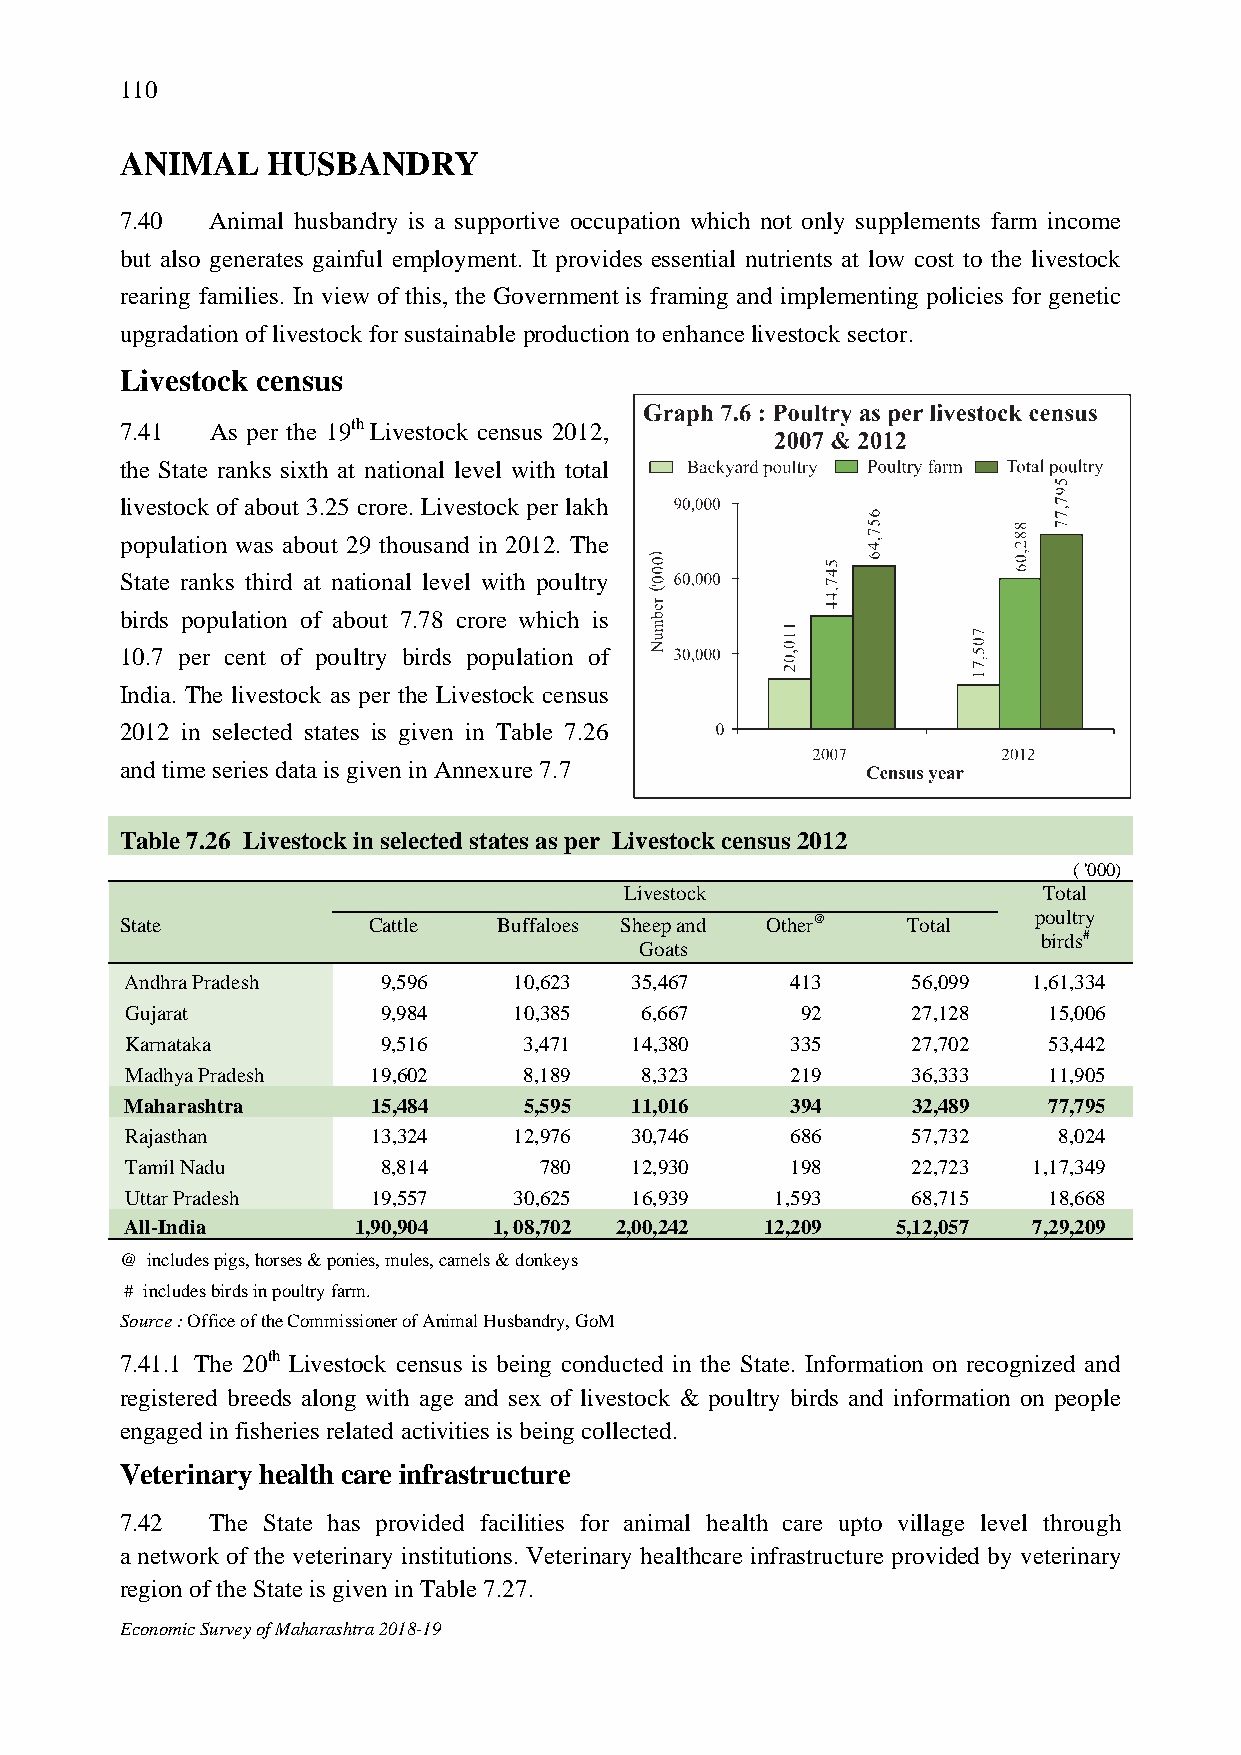
110
 ANIMAL    HUSBANDRY
 7.40  Animal husbandry is a supportive occupation which not only supplements farm income
 but also generates gainful employment. It provides essential nutrients at low cost to the livestock
 rearing families. In view of this, the Government is framing and implementing policies for genetic
 upgradation of livestock for sustainable production to enhance livestock sector.
 Livestock census
 7.41  As per the 19th Livestock census 2012,
 the State ranks sixth at national level with total
 livestock of about 3.25 crore. Livestock per lakh
 population was about 29 thousand in 2012. The
 State ranks third at national level with poultry
 birds population of about 7.78 crore which is
 10.7 per cent of poultry birds population of
 India. The livestock as per the Livestock census
 2012 in selected states is given in Table 7.26
 and time series data is given in Annexure 7.7
 Table 7.26 Livestock in selected states as per Livestock census 2012
 ( '000)
 Livestock                   Total
 State           Cattle   Buffaloes Sheep and Other@ Total   poultry
 birds#
 Goats
 Andhra Pradesh   9,596    10,623  35,467    413     56,099  1,61,334
 Gujarat          9,984    10,385  6,667      92     27,128   15,006
 Karnataka        9,516     3,471  14,380    335     27,702   53,442
 Madhya Pradesh   19,602    8,189  8,323     219     36,333   11,905
 Maharashtra      15,484    5,595  11,016    394     32,489   77,795
 Rajasthan        13,324   12,976  30,746    686     57,732    8,024
 Tamil Nadu       8,814      780   12,930    198     22,723  1,17,349
 Uttar Pradesh    19,557   30,625  16,939   1,593    68,715   18,668
 All-India      1,90,904  1, 08,702 2,00,242 12,209 5,12,057 7,29,209
 @ includes pigs, horses & ponies, mules, camels & donkeys
 # includes birds in poultry farm.
 Source : Office of the Commissioner of Animal Husbandry, GoM
 7.41.1 The 20th Livestock census is being conducted in the State. Information on recognized and
 registered breeds along with age and sex of livestock & poultry birds and information on people
 engaged in fisheries related activities is being collected.
 Veterinary health care infrastructure
 7.42  The State has provided facilities for animal health care upto village level through
 a network of the veterinary institutions. Veterinary healthcare infrastructure provided by veterinary
 region of the State is given in Table 7.27.
 Economic Survey of Maharashtra 2018-19